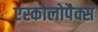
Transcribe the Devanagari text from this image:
एस्कोलोपैक्स